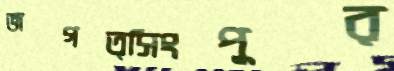
জগত্সিংপুর